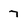
Character: 7